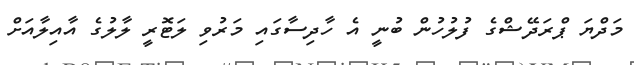
މަދްޔަ ޕްރަދޭޝްގެ ފުލުހުން ބުނީ އެ ހާދިސާގައި މަރުވި ލަޓޮރީ ލާލުގެ އާއިލާއަށް